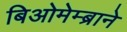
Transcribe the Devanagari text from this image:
बिओमेम्ब्राने